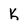
Character: K